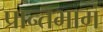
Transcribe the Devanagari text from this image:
प्रान्तभागं